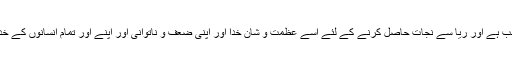
قربۃ الی اللہ کے قصد سے عبادات کا بجا لانا واجب ہے اور ریا سے نجات حاصل کرنے کے لئے اسے عظمت و شان خدا اور اپنی ضعف و ناتوانی اور اپنے اور تمام انسانوں کے خدا کا محتاج ہو نے کے بارے میں غور کرنا چاہے۔